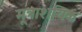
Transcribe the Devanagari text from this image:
मूत्राशयिक